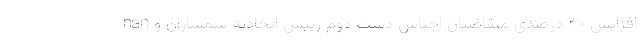
nan افزایش ۳۰ درصدی متقاضیان اجناس دست دوم رییس اتحادیه‌ سمساران و